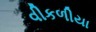
વીકળીયા